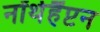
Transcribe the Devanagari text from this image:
नॉर्थहैंप्टन